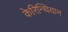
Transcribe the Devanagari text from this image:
केरिन्थियान